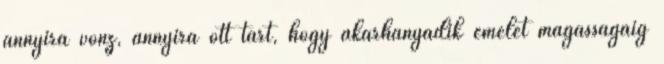
annyira vonz, annyira ott tart, hogy akárhányadik emelet magasságáig